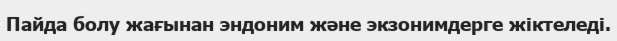
Пайда болу жағынан эндоним және экзонимдерге жіктеледі.